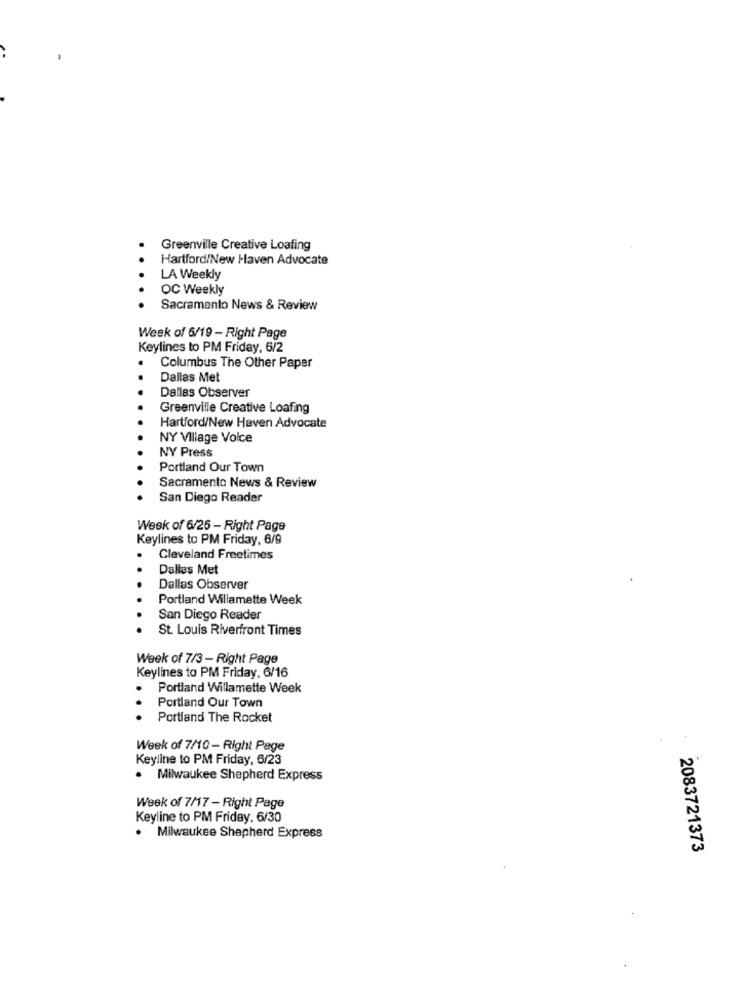
Greenville Creative Loafing
Hartford/New Haven Advocate
LA Weekly
OC Weekly
Sacramento News & Review
Week of 6/19 - Right Page
Keylines to PM Friday, 6/2
.
Columbus The Other Paper
Dallas Met
Dallas Observer
Greenville Creative Loafing
Hartford/New Haven Advocate
NY Village Voice
NY Press
Portland Our Town
Sacramento News & Review
San Diego Reader
Week of 6/26 - Right Page
Keylines to PM Friday, 6/9
Cleveland Freetimes
Dallas Met
Dallas Observer
Portland Willamette Week
San Diego Reader
St. Louis Riverfront Times
Week of 7/3 - Right Page
Keylines to PM Friday, 6/16
Portland Willamette Week
Portland Our Town
Portland The Rocket
Week of 7/10- Right Page
Keyline to PM Friday, 6/23
. Milwaukee Shepherd Express
Week of 7/17 - Right Page
Keyline to PM Friday, 6/30
. Milwaukee Shepherd Express
2083721373